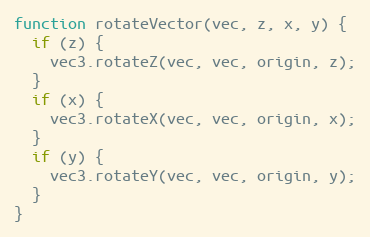
Language: JavaScript
function rotateVector(vec, z, x, y) {
  if (z) {
    vec3.rotateZ(vec, vec, origin, z);
  }
  if (x) {
    vec3.rotateX(vec, vec, origin, x);
  }
  if (y) {
    vec3.rotateY(vec, vec, origin, y);
  }
}